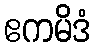
ဧကမိဒံ